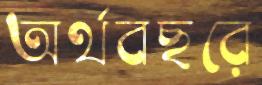
অর্থবছরে